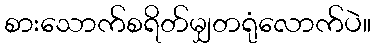
စားသောက်စရိတ်မျှတရုံလောက်ပဲ။